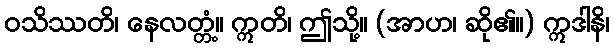
ဝသိဿတိ၊ နေလတ္တံ့။ ဣတိ၊ ဤသို့။ (အာဟ၊ ဆို၏။) ဣဒါနိ၊